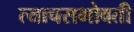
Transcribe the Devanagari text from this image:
त्याचसभोवती